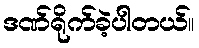
ဒဏ်ရိုက်ခဲ့ပါတယ်။